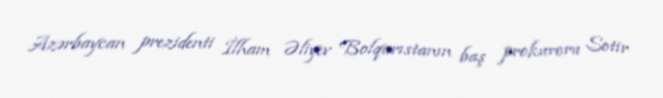
Azərbaycan prezidenti İlham Əliyev Bolqarıstanın baş prokuroru Sotir